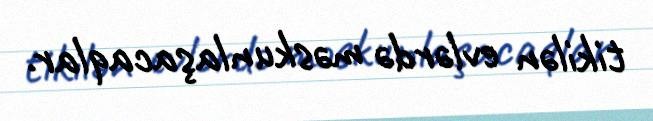
tikilən evlərdə məskunlaşacaqlar.